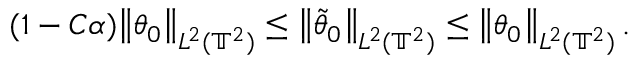
( 1 - C \alpha ) \bigl \| \theta _ { 0 } \bigr \| _ { L ^ { 2 } ( \ensuremath { \mathbb { T } } ^ { 2 } ) } \leq \bigl \| \tilde { \theta } _ { 0 } \bigr \| _ { L ^ { 2 } ( \ensuremath { \mathbb { T } } ^ { 2 } ) } \leq \bigl \| \theta _ { 0 } \bigr \| _ { L ^ { 2 } ( \ensuremath { \mathbb { T } } ^ { 2 } ) } \, .